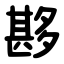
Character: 夦